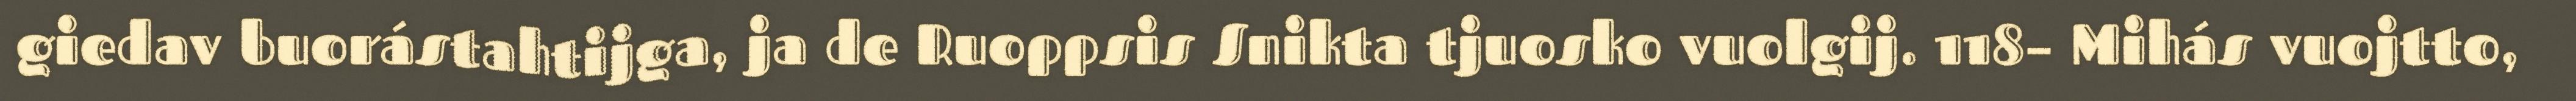
giedav buorástahtijga, ja de Ruoppsis Snikta tjuosko vuolgij. 118– Mihás vuojtto,